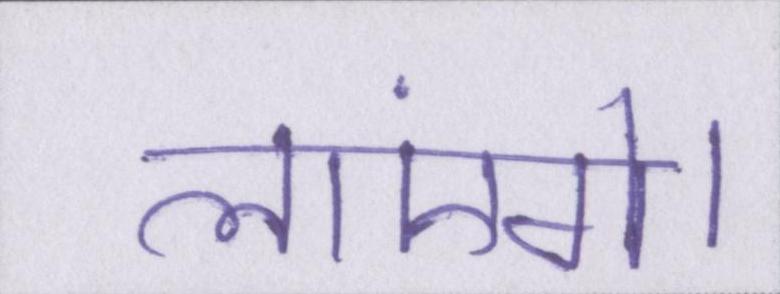
लाएंगे।